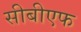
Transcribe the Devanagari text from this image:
सीबीएफ